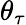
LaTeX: \theta_{\tau}